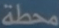
محطة